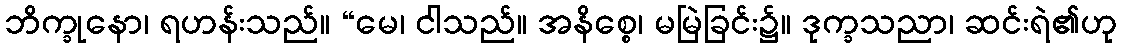
ဘိက္ခုနော၊ ရဟန်းသည်။ “မေ၊ ငါသည်။ အနိစ္စေ၊ မမြဲခြင်း၌။ ဒုက္ခသညာ၊ ဆင်းရဲ၏ဟု